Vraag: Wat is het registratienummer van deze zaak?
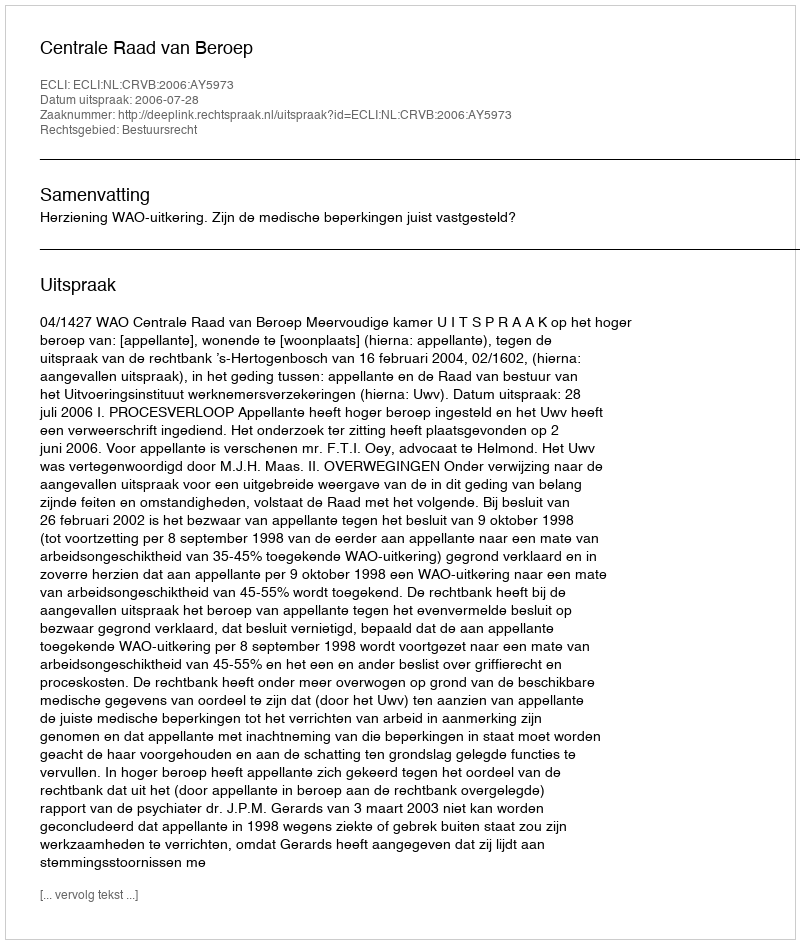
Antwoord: http://deeplink.rechtspraak.nl/uitspraak?id=ECLI:NL:CRVB:2006:AY5973